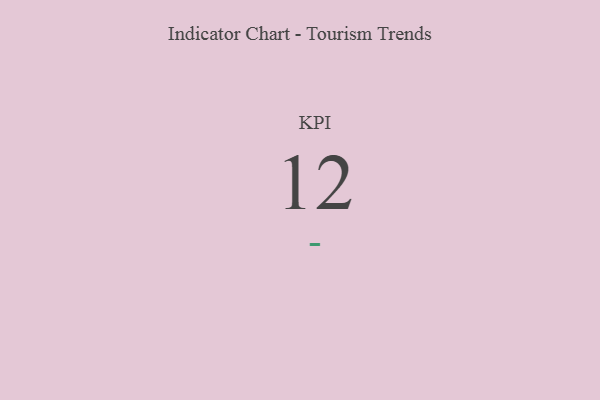
{"axis": {"x": "KPI", "y": "Value"}, "legend": [""], "data": [{"x": "KPI", "y": 12, "type": ""}]}